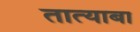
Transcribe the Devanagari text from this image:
तात्याबा